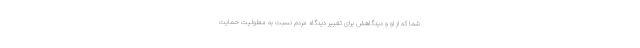
شما که از او و دیدگاهش برای تغییر دیدگاه مردم نسبت به معلولیت حمایت